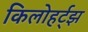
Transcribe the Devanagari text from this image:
किलोहर्ट्‌झ